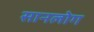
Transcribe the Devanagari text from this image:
सानलोग